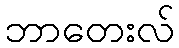
ဘာတေးလ်